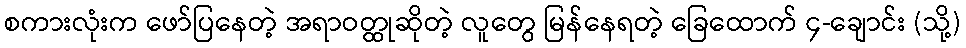
စကားလုံးက ဖော်ပြနေတဲ့ အရာဝတ္ထုဆိုတဲ့ လူတွေ မြန်နေရတဲ့ ခြေထောက် ၄-ချောင်း (သို့)